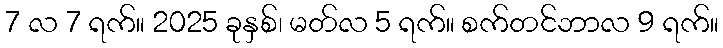
7 လ 7 ရက်။ 2025 ခုနှစ်၊ မတ်လ 5 ရက်။ စက်တင်ဘာလ 9 ရက်။